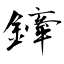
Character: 鏲